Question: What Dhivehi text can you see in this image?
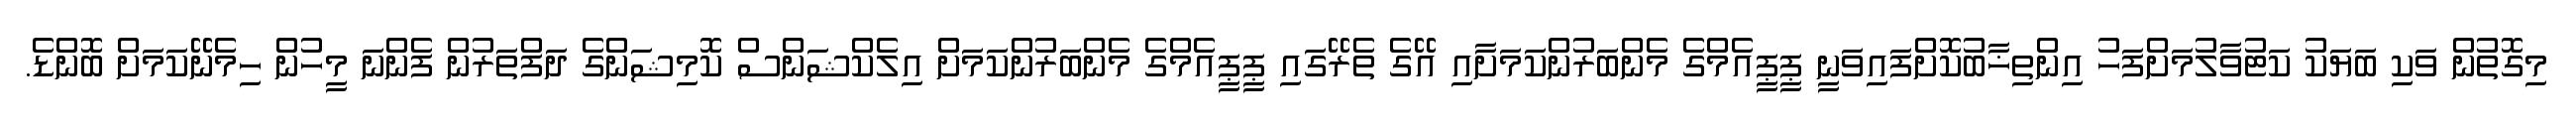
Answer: މިގޮތުން ވަކި ބަޔަކު ކަޓުވާލުމަށްފަހު އިންތިޚާބުކޮށްފައިވަނީ ޕީޕީއެމްގެ މެންބަރުންކަމަށާއި އޭގެ ތެރޭގައި ޕީޕީއެމްގެ މެންބަރުންކަމަށް އިލެކްޝަންސް ކޮމިޝަންގެ ދަފްތަރުން ފެންނަ މީހުން ހިމެނޭކަމަށް ބޮންޑެ.